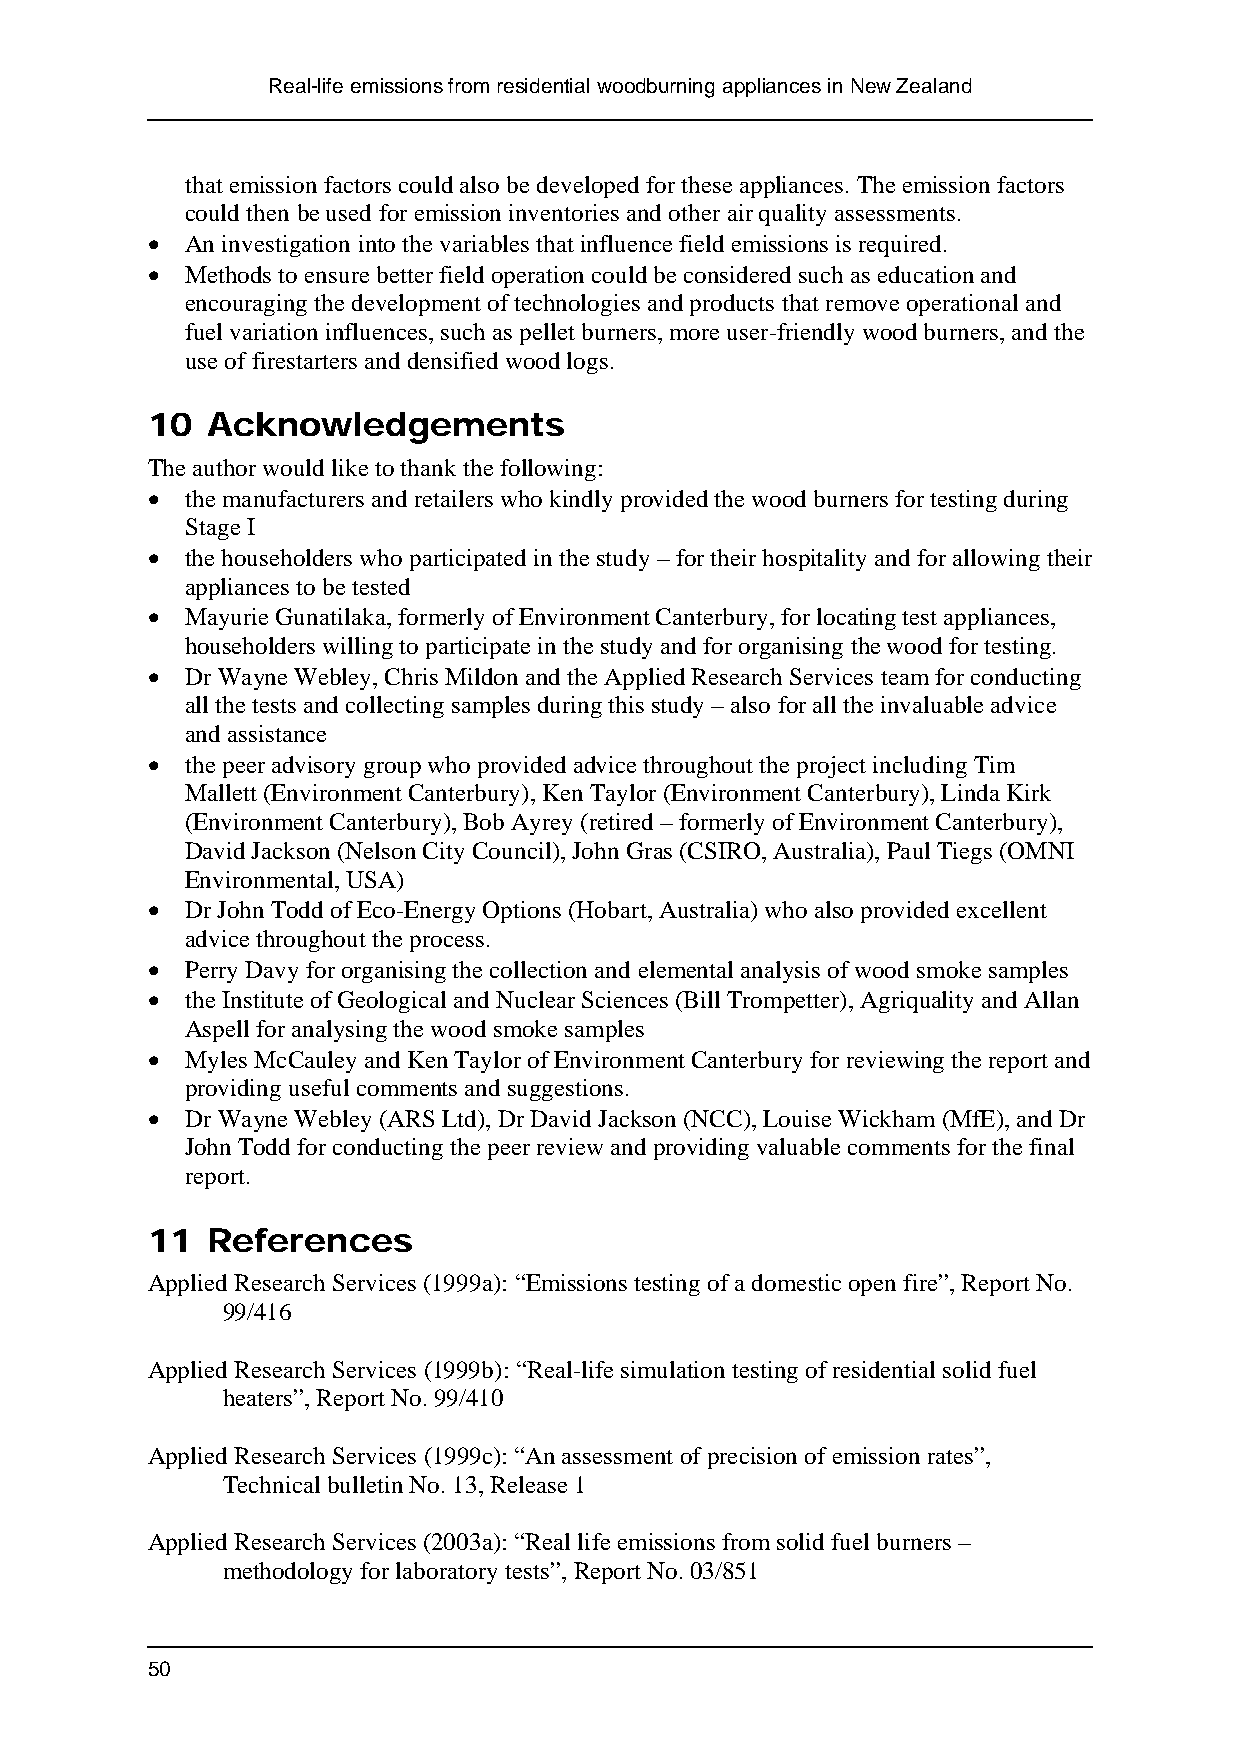
Real-life emissions from residential woodburning appliances in New Zealand
 that emission factors could also be developed for these appliances. The emission factors
 could then be used for emission inventories and other air quality assessments.
 • An investigation into the variables that influence field emissions is required.
 • Methods to ensure better field operation could be considered such as education and
 encouraging the development of technologies and products that remove operational and
 fuel variation influences, such as pellet burners, more user-friendly wood burners, and the
 use of firestarters and densified wood logs.
 10  Acknowledgements
 The author would like to thank the following:
 • the manufacturers and retailers who kindly provided the wood burners for testing during
 Stage I
 • the householders who participated in the study – for their hospitality and for allowing their
 appliances to be tested
 • Mayurie Gunatilaka, formerly of Environment Canterbury, for locating test appliances,
 householders willing to participate in the study and for organising the wood for testing.
 • Dr Wayne Webley, Chris Mildon and the Applied Research Services team for conducting
 all the tests and collecting samples during this study – also for all the invaluable advice
 and assistance
 • the peer advisory group who provided advice throughout the project including Tim
 Mallett (Environment Canterbury), Ken Taylor (Environment Canterbury), Linda Kirk
 (Environment Canterbury), Bob Ayrey (retired – formerly of Environment Canterbury),
 David Jackson (Nelson City Council), John Gras (CSIRO, Australia), Paul Tiegs (OMNI
 Environmental, USA)
 • Dr John Todd of Eco-Energy Options (Hobart, Australia) who also provided excellent
 advice throughout the process.
 • Perry Davy for organising the collection and elemental analysis of wood smoke samples
 • the Institute of Geological and Nuclear Sciences (Bill Trompetter), Agriquality and Allan
 Aspell for analysing the wood smoke samples
 • Myles McCauley and Ken Taylor of Environment Canterbury for reviewing the report and
 providing useful comments and suggestions.
 • Dr Wayne Webley (ARS Ltd), Dr David Jackson (NCC), Louise Wickham (MfE), and Dr
 John Todd for conducting the peer review and providing valuable comments for the final
 report.
 11  References
 Applied Research Services (1999a): “Emissions testing of a domestic open fire”, Report No.
 99/416
 Applied Research Services (1999b): “Real-life simulation testing of residential solid fuel
 heaters”, Report No. 99/410
 Applied Research Services (1999c): “An assessment of precision of emission rates”,
 Technical bulletin No. 13, Release 1
 Applied Research Services (2003a): “Real life emissions from solid fuel burners –
 methodology for laboratory tests”, Report No. 03/851
 50